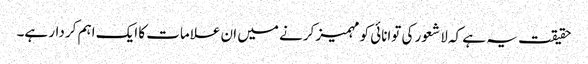
حقیقت یہ ہے کہ لا شعور کی توانائی کو مہمیز کرنے میں ان علامات کا ایک اہم کر دار ہے۔